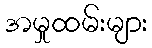
အမှုထမ်းများ